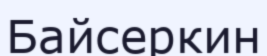
Байсеркин